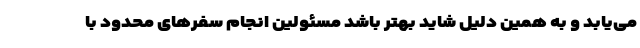
می‌یابد و به همین دلیل شاید بهتر باشد مسئولین انجام سفرهای محدود با